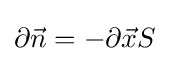
\partial {\vec {n}}=-\partial {\vec {x}}S